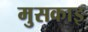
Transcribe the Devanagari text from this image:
मुसकाइ